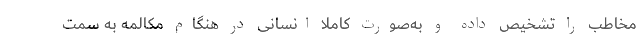
مخاطب را تشخیص داده و به‌صورت کاملا انسانی در هنگام مکالمه به سمت